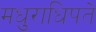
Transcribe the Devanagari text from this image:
मधुराधिपते